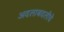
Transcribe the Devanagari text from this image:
अदलाबदलीचे